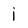
Character: i